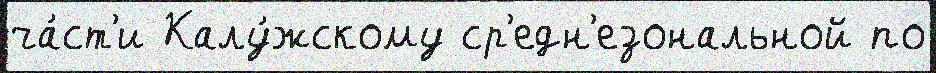
ча́ст'и Калу́жскому ср'едн'езональной по